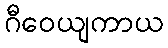
ဂီဝေယျကာယ